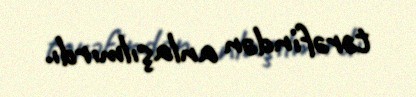
tərəfindən anlaşılmırdı.